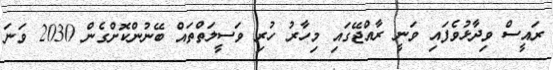
ރައީސް ވިދާޅުވެފައި ވަނީ ރާއްޖޭގައި މިހާރު ހުރި ވަސީލަތްތައް ބޭނުންކޮށްގެން 2030 ވަނަ